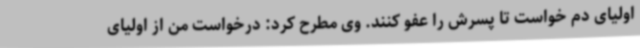
اولیای دم خواست تا پسرش را عفو کنند. وی مطرح کرد: درخواست من از اولیای